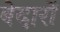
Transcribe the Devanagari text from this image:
बेदारों